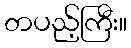
တပည့်ကြီး။